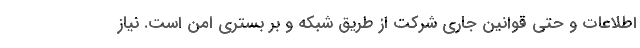
اطلاعات و حتی قوانین جاری شرکت از طریق شبکه و بر بستری امن است. نیاز